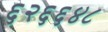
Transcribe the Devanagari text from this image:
६२६६४८